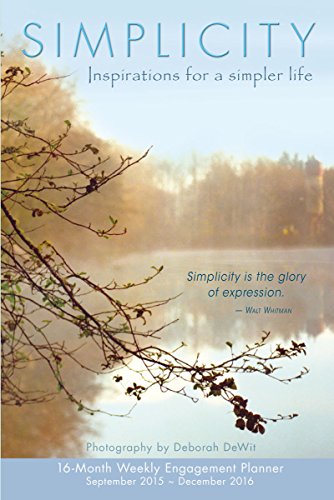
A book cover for Simplicity 2016 Engagement Calendar; Deborah DeWit; Calendars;